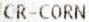
CR-CORN